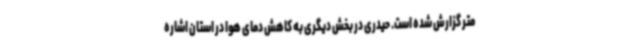
متر گزارش شده است. حیدری در بخش دیگری به کاهش دمای هوا در استان اشاره